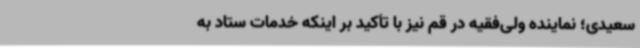
سعیدی؛ نماینده ولی‌فقیه در قم نیز با تأکید بر اینکه خدمات ستاد به